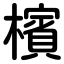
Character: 檳